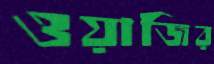
ওয়াজির